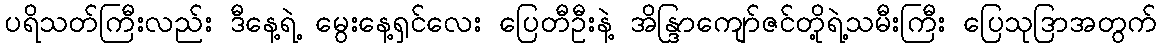
ပရိသတ်ကြီးလည်း ဒီနေ့ရဲ့ မွေးနေ့ရှင်လေး ပြေတီဦးနဲ့ အိန္ဒြာကျော်ဇင်တို့ရဲ့သမီးကြီး ပြေသုဒြာအတွက်